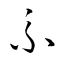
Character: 糸